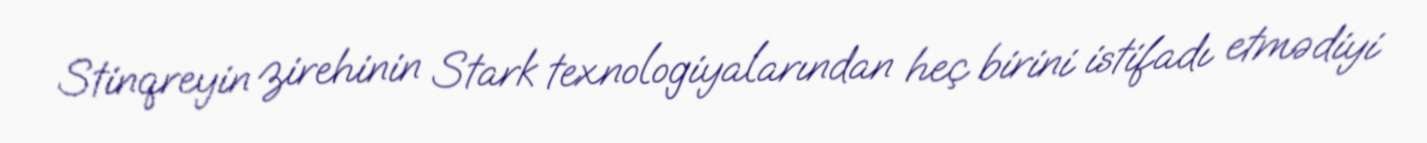
Stinqreyin zirehinin Stark texnologiyalarından heç birini istifadı etmədiyi